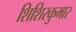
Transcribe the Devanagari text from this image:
शिशिरकुमार